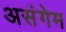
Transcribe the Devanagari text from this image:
असंगेम